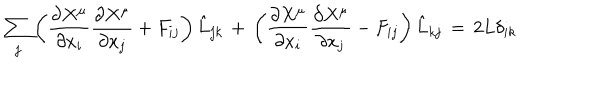
\sum _ { j } \left( \frac { \partial X ^ { \mu } } { \partial x _ { i } } \frac { \partial X ^ { \mu } } { \partial x _ { j } } + F _ { i j } \right) \hat { L } _ { j k } \, + \, \left( \frac { \partial X ^ { \mu } } { \partial x _ { i } } \frac { \partial X ^ { \mu } } { \partial x _ { j } } - F _ { i j } \right) \hat { L } _ { k j } \, = \, 2 L \delta _ { i k }